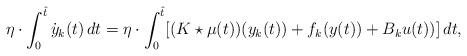
LaTeX: \begin{align*}\eta \cdot \int_0^{\hat t}\dot y_{k}(t)\,dt = \eta \cdot \int_0^{\hat t}[( K\star \mu(t))(y_{k}(t)) + f_k(y(t))+B_k u(t))]\,dt,\end{align*}